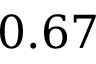
0 . 6 7